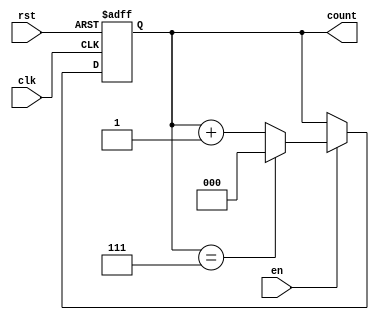
module modulus_counter #(
    parameter N = 8 // Configurable modulus value, default is 8
)(
    input wire clk,    // Clock signal
    input wire rst,    // Asynchronous active-high reset
    input wire en,     // Enable signal
    output reg [$clog2(N)-1:0] count // Count output (binary representation)
);

    // Always block triggered on the rising edge of the clock
    always @(posedge clk or posedge rst) begin
        if (rst) begin
            // Reset the counter to 0
            count <= 0;
        end else if (en) begin
            // Increment the counter if enabled
            if (count == N-1) begin
                count <= 0; // Wrap around if reaching modulus value
            end else begin
                count <= count + 1; // Increment the counter
            end
        end
    end

endmodule